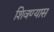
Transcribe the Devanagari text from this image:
शिवण्यास